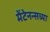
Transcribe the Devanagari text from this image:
मेंटेनन्सच्या